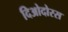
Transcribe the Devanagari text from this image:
दिओदोरस